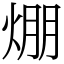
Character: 焩